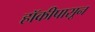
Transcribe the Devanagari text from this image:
हॉकीपासून